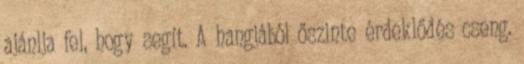
ajánlja fel, hogy segít. A hangjából őszinte érdeklődés cseng.